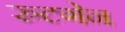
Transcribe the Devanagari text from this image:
रुटगेन